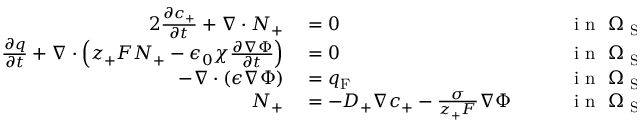
\begin{array} { r l r l } { { 2 } \frac { \partial c _ { + } } { \partial t } + \nabla \cdot \boldsymbol { N } _ { + } } & { { } = 0 } & { } & { { } \mathrm { ~ i ~ n ~ } \ \Omega _ { \mathrm { ~ S ~ E ~ } } , } \\ { \frac { \partial q } { \partial t } + \nabla \cdot \left( z _ { + } F \boldsymbol { N } _ { + } - \epsilon _ { 0 } \chi \frac { \partial \nabla \Phi } { \partial t } \right) } & { { } = 0 } & { } & { { } \mathrm { ~ i ~ n ~ } \ \Omega _ { \mathrm { ~ S ~ E ~ } } , } \\ { - \nabla \cdot ( \epsilon \nabla \Phi ) } & { { } = q _ { \mathrm { F } } } & { } & { { } \mathrm { ~ i ~ n ~ } \ \Omega _ { \mathrm { ~ S ~ E ~ } } , } \\ { \boldsymbol { N } _ { + } } & { { } = - D _ { + } \nabla c _ { + } - \frac { \sigma } { z _ { + } F } \nabla \Phi \quad } & { } & { { } \mathrm { ~ i ~ n ~ } \ \Omega _ { \mathrm { ~ S ~ E ~ } } . } \end{array}